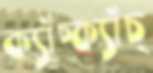
ক্যাঁচ্‌ক্যাঁচ্‌